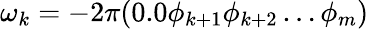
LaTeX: \omega_{k}=-2\pi(0.0\phi_{k+1}\phi_{k+2}\ldots\phi_{m})